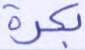
بكرة